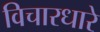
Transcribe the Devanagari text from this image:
विचारधारे